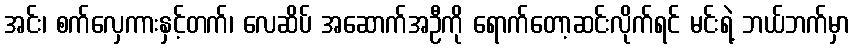
အင်း၊ စက်လှေကားနှင့်တက်၊ လေဆိပ် အဆောက်အဦကို ရောက်တော့ဆင်းလိုက်ရင် မင်းရဲ့ ဘယ်ဘက်မှာ